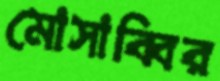
মোসাব্বির